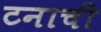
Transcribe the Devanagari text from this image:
टनाची